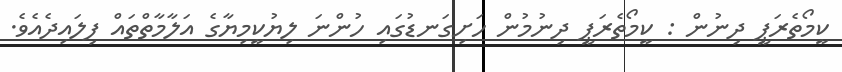
ކީމޯތެރަޕީ ދިނުން : ކީމޯތެރަޕީ ދިނުމުން ހަށިގަނޑުގައި ހުންނަ ލިޔުކީމިޔާގެ އަލާމާތްތައް ފިލައިދެއެވެ.